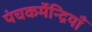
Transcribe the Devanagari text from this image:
पंचकर्मेन्द्रियाँ